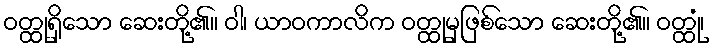
ဝတ္ထုရှိသော ဆေးတို့၏။ ဝါ၊ ယာဝကာလိက ဝတ္ထုမှဖြစ်သော ဆေးတို့၏။ ဝတ္ထုံ၊